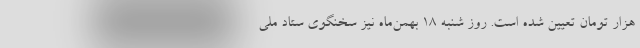
هزار تومان تعیین شده است. روز شنبه ۱۸ بهمن‌ماه نیز سخنگوی ستاد ملی